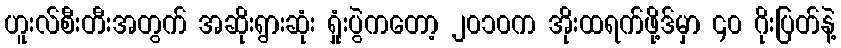
ဟူးလ်စီးတီးအတွက် အဆိုးရွားဆုံး ရှုံးပွဲကတော့ ၂၀၁၀က အိုးထရက်ဖို့ဒ်မှာ ၄၀ ဂိုးပြတ်နဲ့